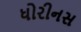
ધોરીનસ